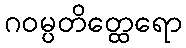
ဂဝမ္ပတိတ္ထေရော